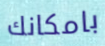
بامكانك